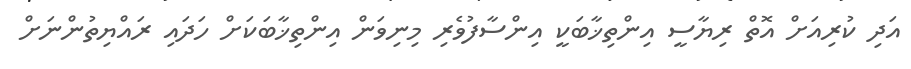
އަދި ކުރިއަށް އޮތް ރިޔާސީ އިންތިޚާބަކީ އިންސާފުވެރި މިނިވަން އިންތިޚާބަކަށް ހަދައި ރައްޔިތުންނަށް